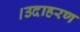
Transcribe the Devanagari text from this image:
।उदाहरण